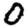
Digit: 0